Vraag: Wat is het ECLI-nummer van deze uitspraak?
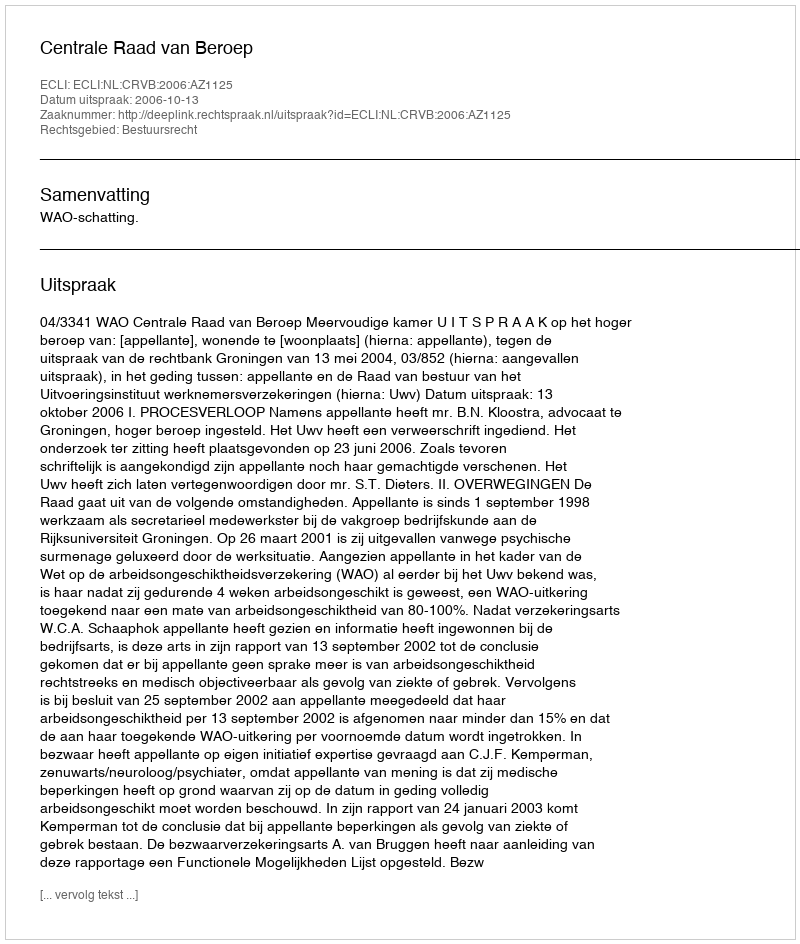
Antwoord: ECLI:NL:CRVB:2006:AZ1125